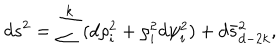
d s ^ { 2 } = \sum ^ { k } ( d \rho _ { i } ^ { 2 } + \rho _ { i } ^ { 2 } d \psi _ { i } ^ { 2 } ) + d \bar { s } _ { d - 2 k } ^ { 2 } ,